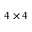
4 \times 4